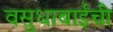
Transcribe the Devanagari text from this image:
वसुधाबाईंची